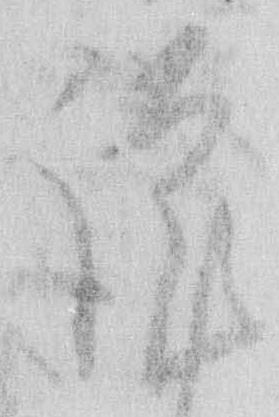
謹